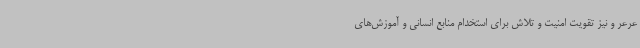
عرعر و نیز تقویت امنیت و تلاش برای استخدام منابع انسانی و آموزش‌های